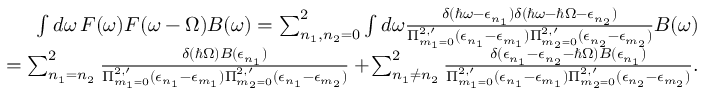
\begin{array} { r l r } & { } & { \int d \omega \, F ( \omega ) F ( \omega - \Omega ) B ( \omega ) = \sum _ { n _ { 1 } , n _ { 2 } = 0 } ^ { 2 } \int d \omega \frac { \delta ( \hbar \omega - \epsilon _ { n _ { 1 } } ) \delta ( \hbar \omega - \hbar \Omega - \epsilon _ { n _ { 2 } } ) } { \Pi _ { m _ { 1 } = 0 } ^ { 2 , \prime } ( \epsilon _ { n _ { 1 } } - \epsilon _ { m _ { 1 } } ) \Pi _ { m _ { 2 } = 0 } ^ { 2 , \prime } ( \epsilon _ { n _ { 2 } } - \epsilon _ { m _ { 2 } } ) } B ( \omega ) } \\ & { } & { \quad = \sum _ { n _ { 1 } = n _ { 2 } } ^ { 2 } \frac { \delta ( \hbar \Omega ) B ( \epsilon _ { n _ { 1 } } ) } { \Pi _ { m _ { 1 } = 0 } ^ { 2 , \prime } ( \epsilon _ { n _ { 1 } } - \epsilon _ { m _ { 1 } } ) \Pi _ { m _ { 2 } = 0 } ^ { 2 , \prime } ( \epsilon _ { n _ { 1 } } - \epsilon _ { m _ { 2 } } ) } + \! \sum _ { n _ { 1 } \neq n _ { 2 } } ^ { 2 } \frac { \delta ( \epsilon _ { n _ { 1 } } - \epsilon _ { n _ { 2 } } - \hbar \Omega ) B ( \epsilon _ { n _ { 1 } } ) } { \Pi _ { m _ { 1 } = 0 } ^ { 2 , \prime } ( \epsilon _ { n _ { 1 } } - \epsilon _ { m _ { 1 } } ) \Pi _ { m _ { 2 } = 0 } ^ { 2 , \prime } ( \epsilon _ { n _ { 2 } } - \epsilon _ { m _ { 2 } } ) } . } \end{array}